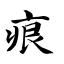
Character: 痕